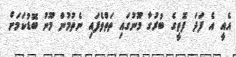
އެއީ އެ ފަދަ ފޮތީގެ ބުރުގާ މޫނުގައި ތަތްވެފައި ނެތުމުން މޫނު ބޮޑުކަމަށް